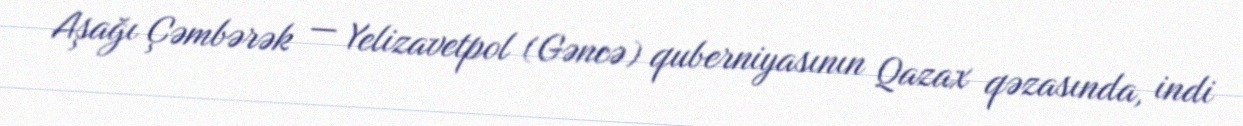
Aşağı Çəmbərək — Yelizavetpol (Gəncə) quberniyasının Qazax qəzasında, indi